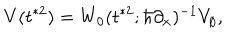
V ( t ^ { * 2 } ) = W _ { 0 } ( t ^ { * 2 } ; \hbar \partial _ { x } ) ^ { - 1 } V _ { \emptyset } ,